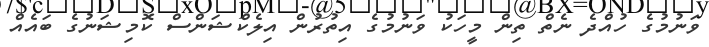
ވަނުމުގެ ހުއްދެ ނެތް ތިން މީހަކު ވަނުމުގެ އިތުރުން އިލެކްޝަންސް ކޮމިޝަނުގެ ބައެއް